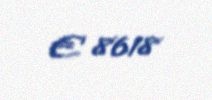
€ 8618